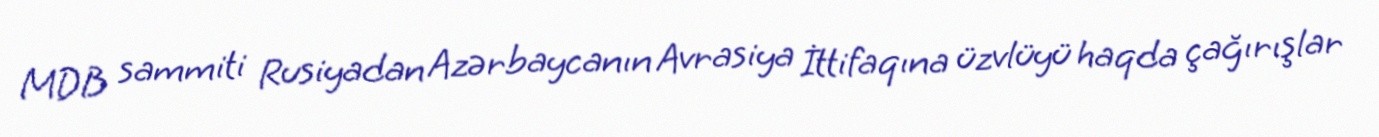
MDB sammiti Rusiyadan Azərbaycanın Avrasiya İttifaqına üzvlüyü haqda çağırışlar